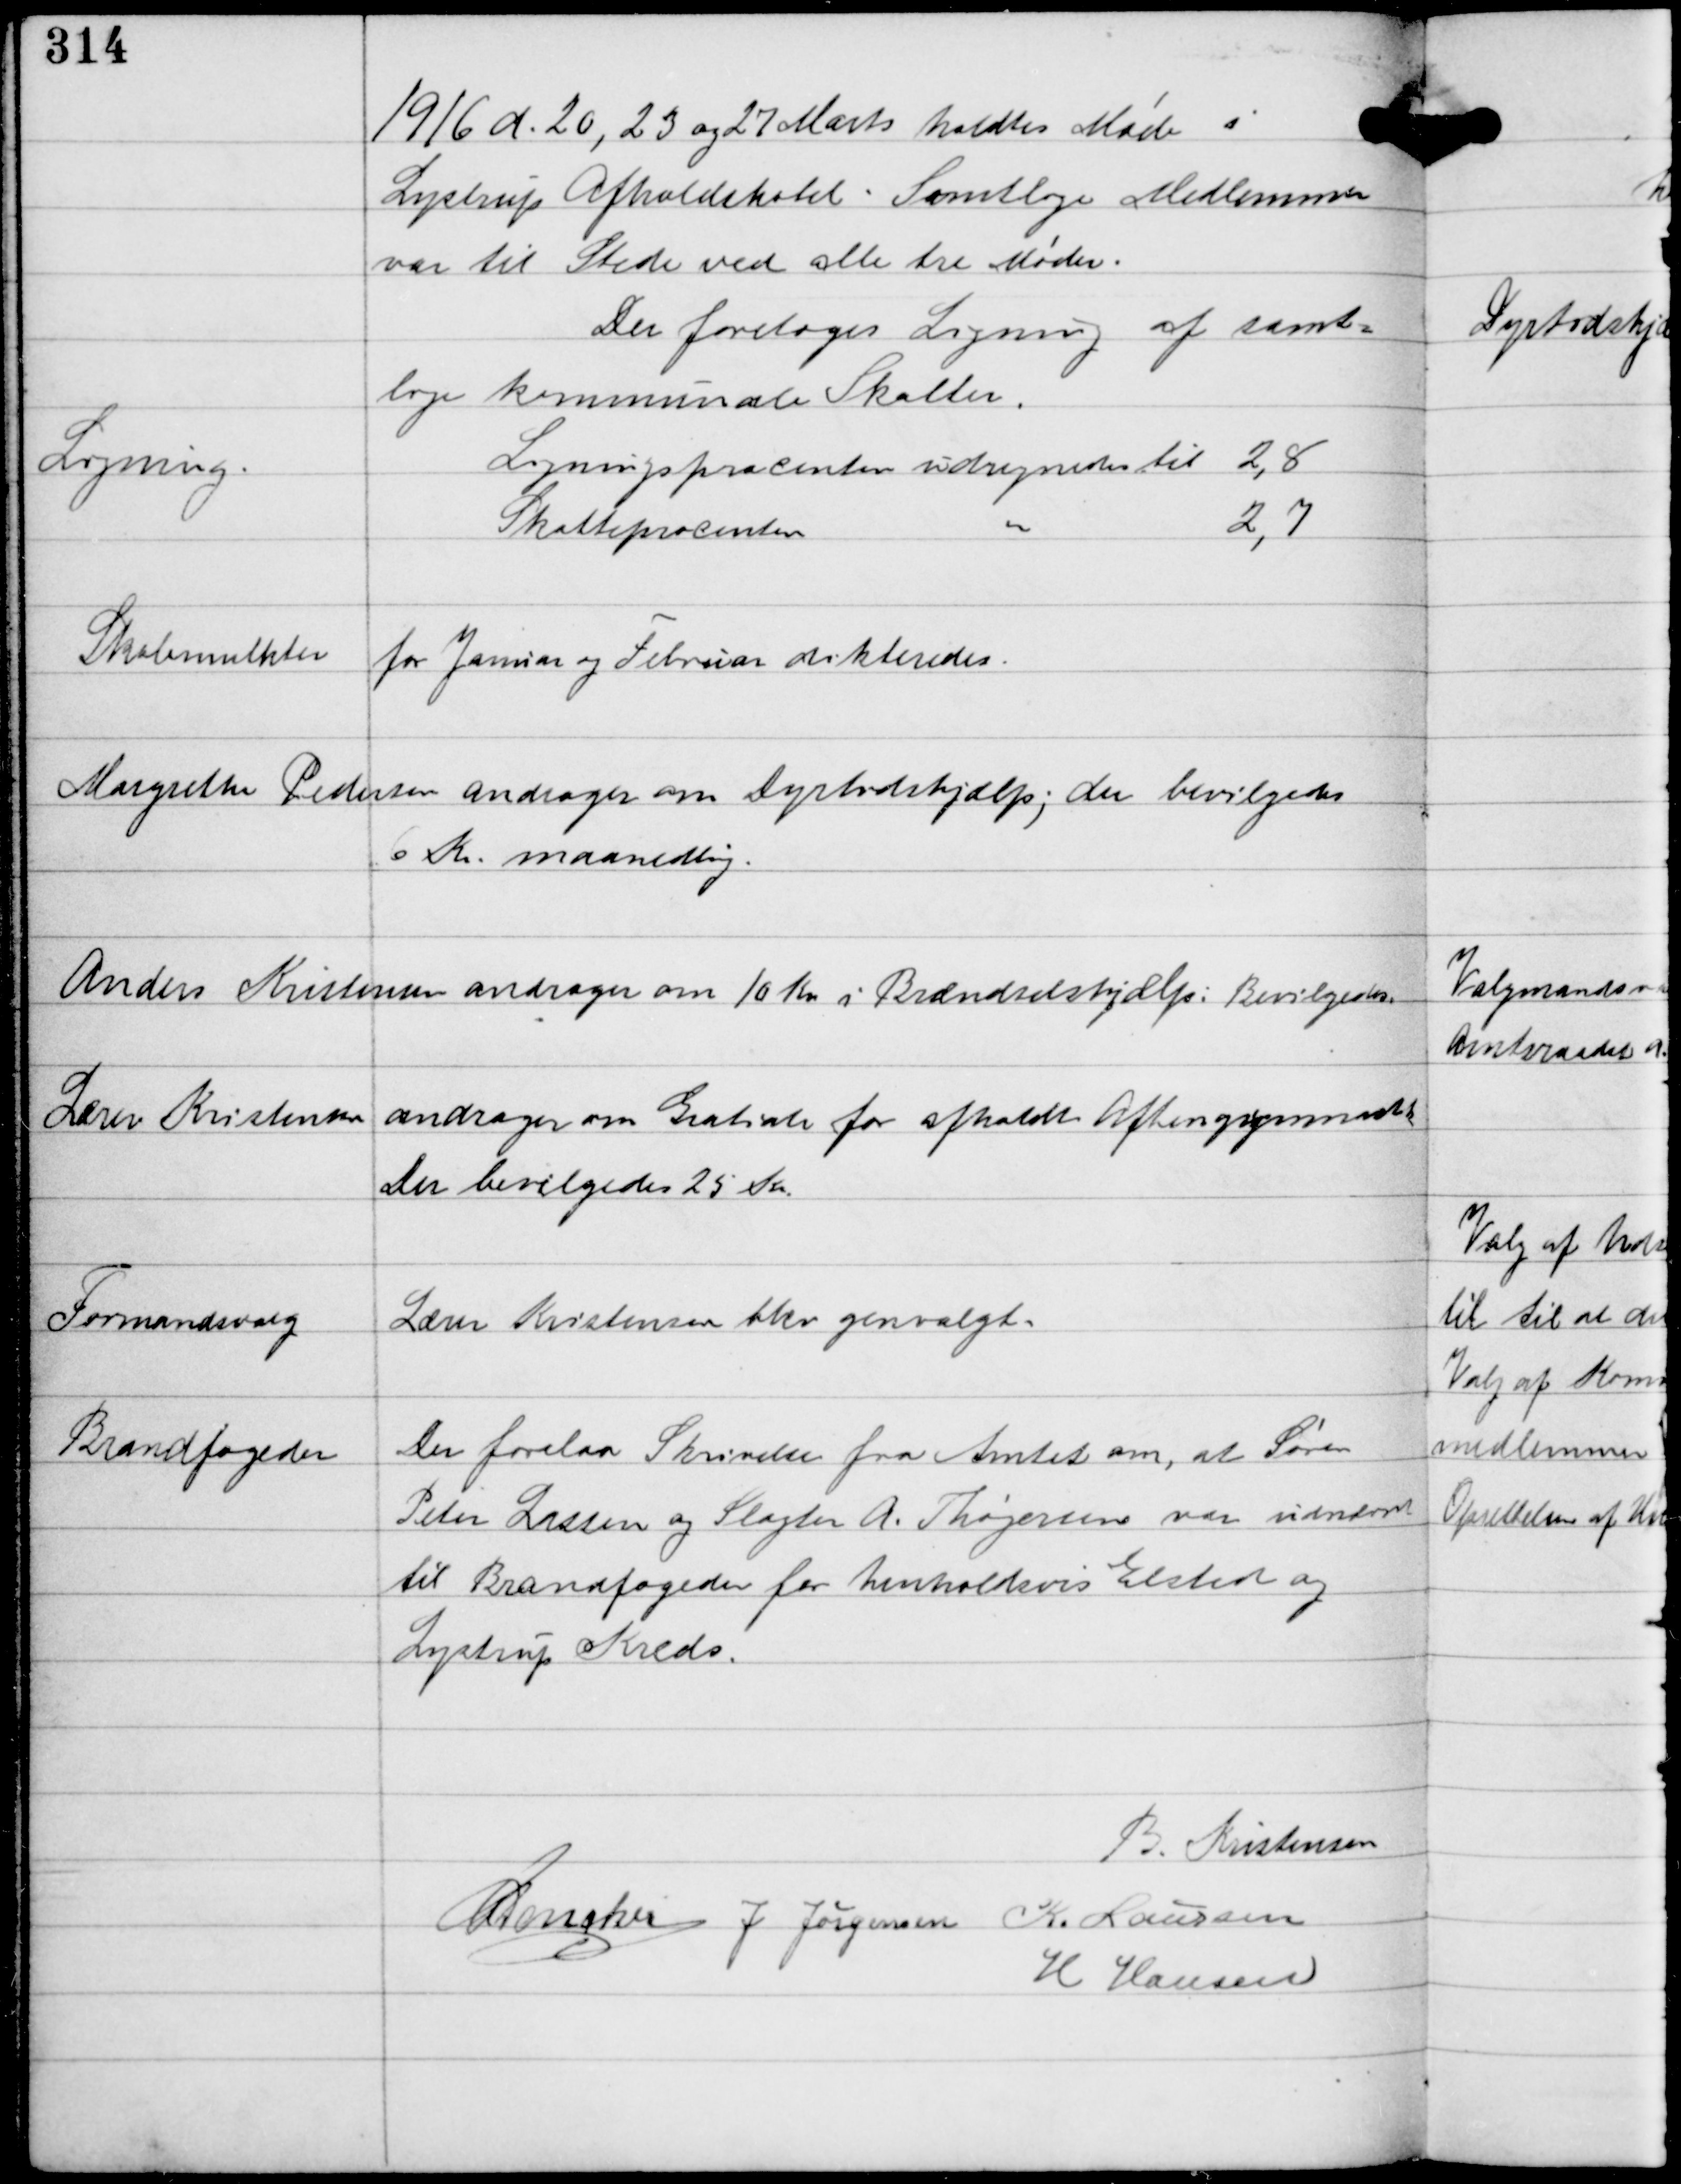
Transskription:
1916 d. 20, 23 og 27 Marts holdtes Møde i
Lystrup Afholdshotel. Samtlige Medlemmer
var til Stede ved alle tre Møder.

Ligning.

Der foretoges Ligning af samt-
lige kommunale Skatter.
Ligningsprocenten udregnedes til 2,8
Skatteprocenten
"
2,7

Skolemulkter
for Januar og Februar dikteredes.

Margrethe Pedersen andrager om dyrtidshjælp; der bevilgedes
6 Kr maanedlig.

Anders Kristensen andrager om 10 Kr i Brændselshjælp: Bevilgedes

Lærer Kristensen andrager om Gratiale for afholdt Aftengymnastik
Der bevilgedes 25 Kr

Formandsvalg

Lærer Kristensen blev genvalgt.

Brandfogeder

Der forelaa Skrivelse fra Amtet om, at Søren
Peter Lassen og Slagter A. Thøgersen var udnævnt
til Brandfogeder for henholdsvis Elsted og
Lystrup Kreds.

B Kristensen
C Dencker J. Jørgensen K. Laursen
H Hansen